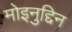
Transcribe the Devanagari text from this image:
मोइनुद्दिन